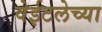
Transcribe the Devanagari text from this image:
वेईटलेच्या